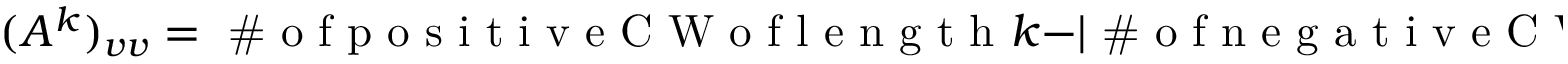
( A ^ { k } ) _ { v v } = \textnormal { \# o f p o s i t i v e C W o f l e n g t h } \ensuremath { k } \ensuremath { - } \ensuremath { \lvert \textnormal { \# o f n e g a t i v e C W } \textnormal { o f l e n g t h } \ensuremath { k } \rvert } .